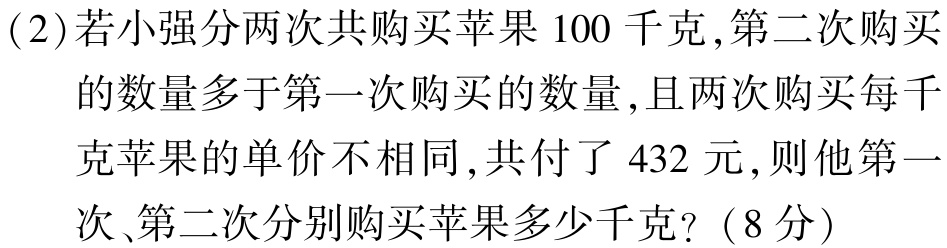
(2)若小强分两次共购买苹果 100 千克,第二次购买

的数量多于第一次购买的数量,且两次购买每千

克苹果的单价不相同,共付了 432 元,则他第一

次、第二次分别购买苹果多少千克?（8分）